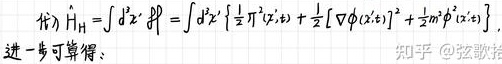
$
\hat{H}_{11}=\int d^{3}x^{\prime}\ \hat{\mathcal{H}}=\int d^{3}x^{\prime}\left\{\frac{1}{2} \hbar^{2} \lambda^{\prime}\left(x^{\prime}\right)+\frac{1}{2}\left[\nabla \phi_{1}\left(x^{\prime}\right)\right]^{2}+\frac{1}{2} m^{2} \phi_{1}^{2}\left(x^{\prime}\right)\right\}
$